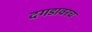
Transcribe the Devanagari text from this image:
दगडावरच